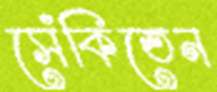
সেঁকিতেন